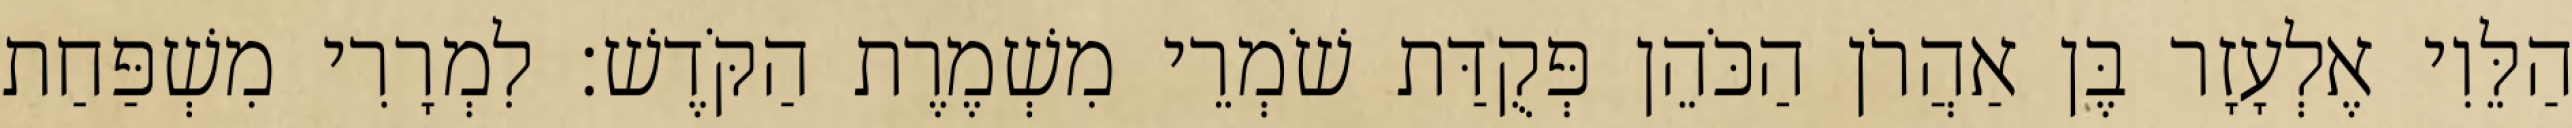
הַלֵּוִי אֶלְעָזָר בֶּן אַהֲרֹן הַכֹּהֵן פְּקֻדַּת שֹׁמְרֵי מִשְׁמֶרֶת הַקֹּדֶשׁ׃ לִמְרָרִי מִשְׁפַּחַת